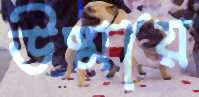
উষ্মায়